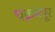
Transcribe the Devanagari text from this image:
चक्रमपूर